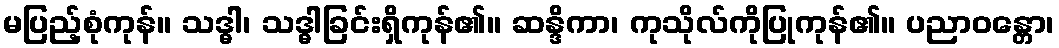
မပြည့်စုံကုန်။ သဒ္ဓါ၊ သဒ္ဓါခြင်းရှိကုန်၏။ ဆန္ဒိကာ၊ ကုသိုလ်ကိုပြုကုန်၏။ ပညာဝန္တော၊